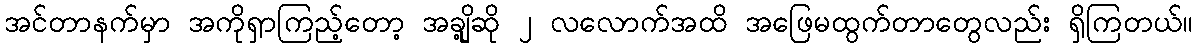
အင်တာနက်မှာ အကိုရှာကြည့်တော့ အချို့ဆို ၂ လလောက်အထိ အဖြေမထွက်တာတွေလည်း ရှိကြတယ်။